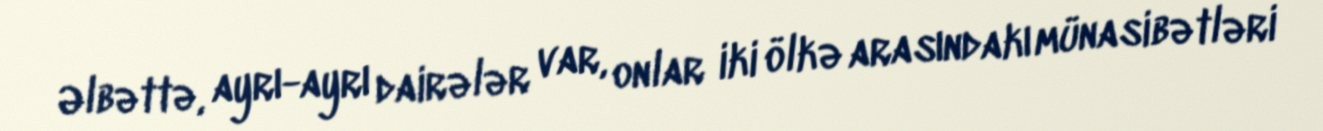
Əlbəttə, ayrı-ayrı dairələr var, onlar iki ölkə arasındakı münasibətləri